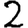
Digit: 2